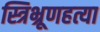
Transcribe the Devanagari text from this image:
स्त्रिभ्रूणहत्या